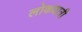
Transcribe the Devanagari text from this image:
लोकयात्री